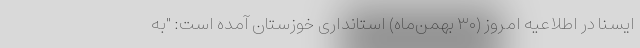
ایسنا در اطلاعیه امروز (۳۰ بهمن‌ماه) استانداری خوزستان آمده است: "به